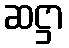
ဆဋ္ဌာ